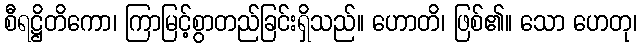
စီရဋ္ဌိတိကော၊ ကြာမြင့်စွာတည်ခြင်းရှိသည်။ ဟောတိ၊ ဖြစ်၏။ သော ဟေတု၊